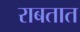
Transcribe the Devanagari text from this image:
राबतात